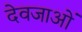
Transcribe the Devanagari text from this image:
देवजाओं